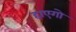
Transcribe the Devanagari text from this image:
हाएगो